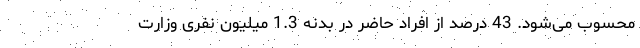
محسوب می‌شود. 43 درصد از افراد حاضر در بدنه 1.3 میلیون نفری وزارت